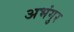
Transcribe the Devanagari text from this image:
अभंगुर